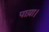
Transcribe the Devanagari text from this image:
पाय़ा।